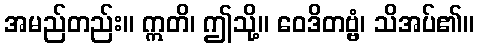
အမည်တည်း။ ဣတိ၊ ဤသို့။ ဝေဒိတဗ္ဗံ၊ သိအပ်၏။